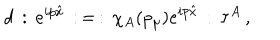
d \, : \, e ^ { i p \hat { x } } \, : \, = \, : \, \chi _ { A } ( p _ { \mu } ) e ^ { i p \hat { x } } \, : \, \tau ^ { A } \, ,